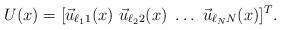
LaTeX: \begin{align*}U(x) = [\vec u_{\ell_11}(x)\ \vec u_{\ell_22}(x)\ \dots\ \vec u_{\ell_NN}(x)]^T.\end{align*}